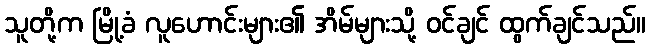
သူတို့က မြို့ခံ လူဟောင်းများ၏ အိမ်များသို့ ဝင်ချင် ထွက်ချင်သည်။